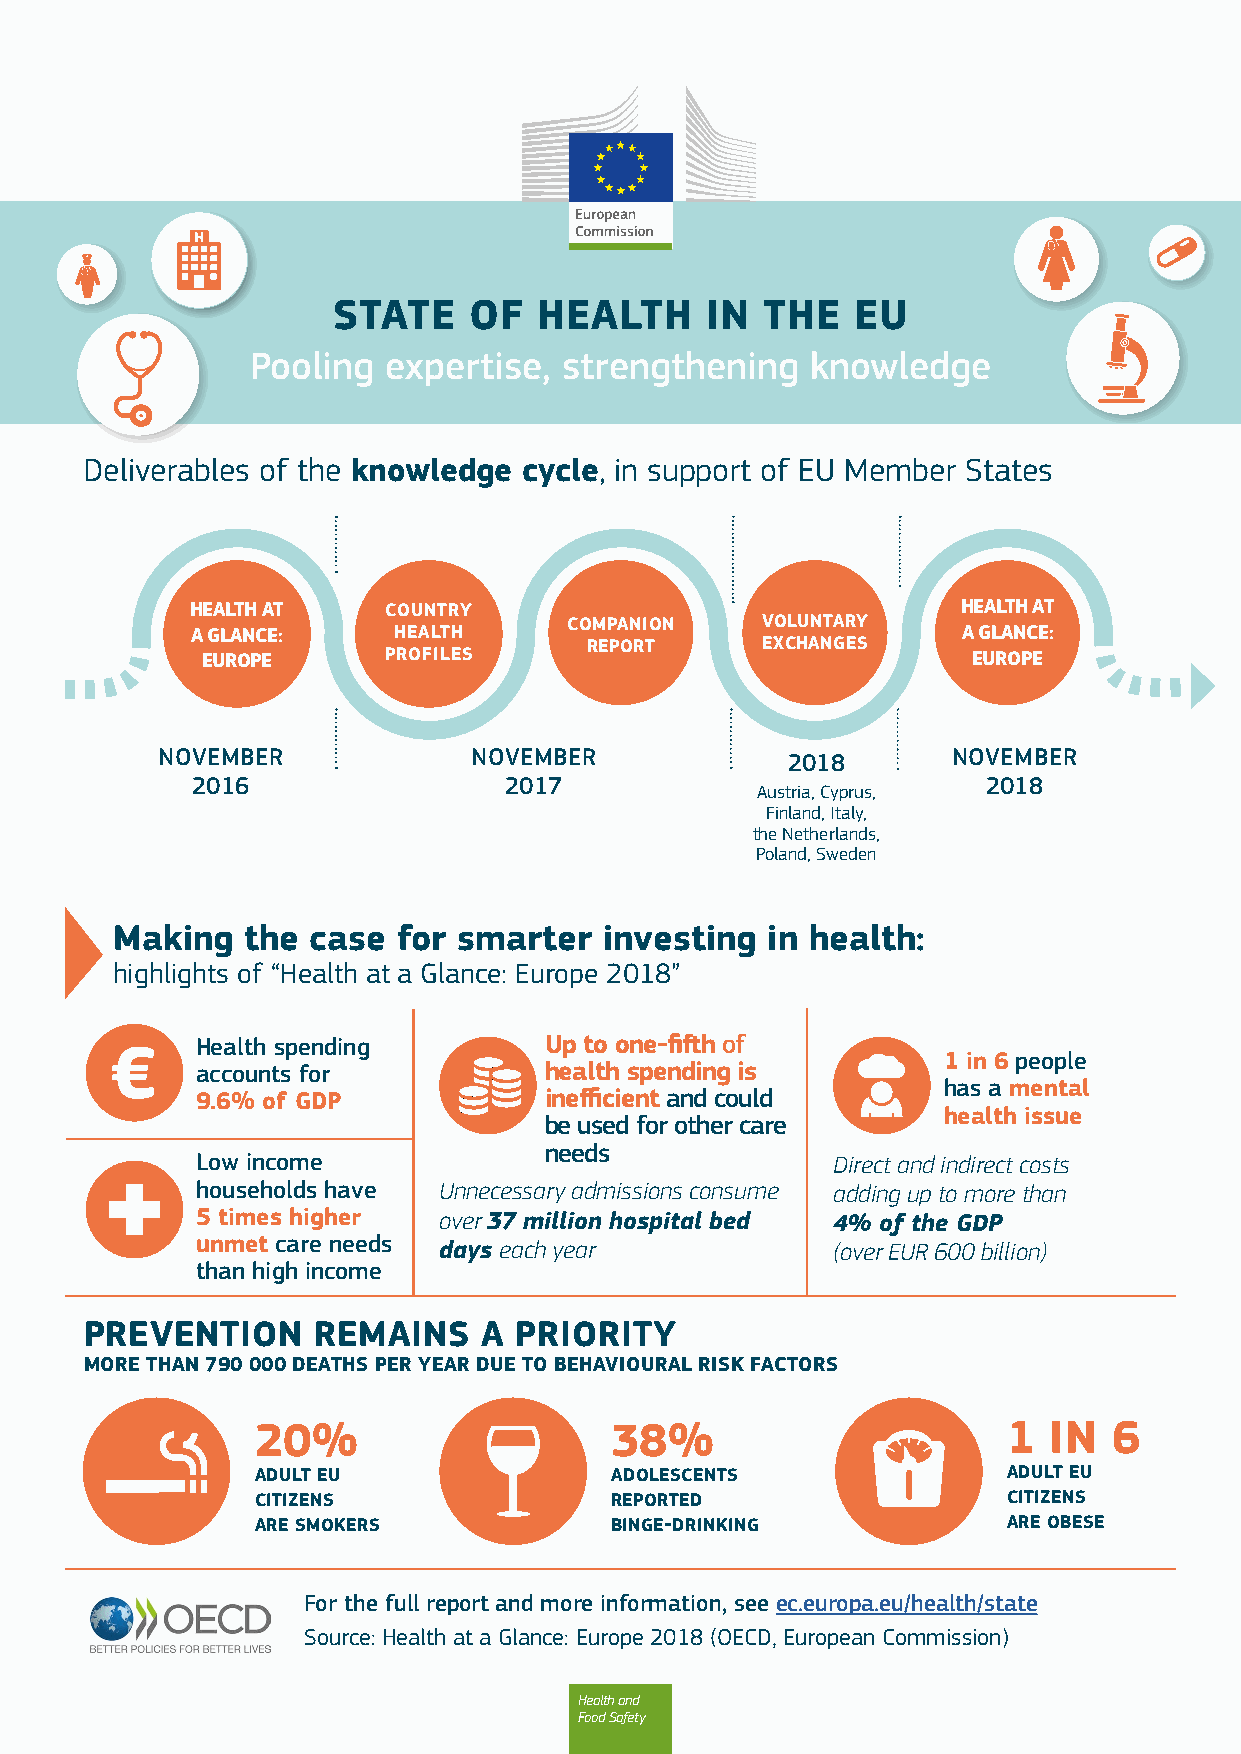
STATE    OF   HEALTH     IN THE    EU
 Pooling  expertise, strengthening    knowledge
 Deliverables of the knowledge cycle, in support of EU Member States
 HEALTH AT   COUNTRY                                HEALTH AT
 COMPANION   VOLUNTARY
 A GLANCE:    HEALTH                                A GLANCE:
 REPORT     EXCHANGES
 EUROPE      PROFILES                               EUROPE
 NOVEMBER             NOVEMBER             2018       NOVEMBER
 2016                2017                            2018
 Austria, Cyprus,
 Finland, Italy,
 the Netherlands,
 Poland, Sweden
 Making  the  case for smarter   investing  in health:
 highlights of “Health at a Glance: Europe 2018”
 Health spending        Up to one-fifth of
 1 in 6 people
 accounts for           health spending is
 has a mental
 9.6% of GDP            inefficient and could
 health issue
 be used for other care
 needs
 Low income                                Direct and indirect costs
 households have Unnecessary admissions consume adding up to more than
 5 times higher  over 37 million hospital bed 4% of the GDP
 unmet care needs days each year           (over EUR 600 billion)
 than high income
 PREVENTION     REMAINS    A PRIORITY
 MORE THAN 790 000 DEATHS PER YEAR DUE TO BEHAVIOURAL RISK FACTORS
 20%                    38%                        1 IN   6
 ADULT EU               ADOLESCENTS                ADULT EU
 CITIZENS               REPORTED                   CITIZENS
 ARE SMOKERS            BINGE-DRINKING             ARE OBESE
 For the full report and more information, see ec.europa.eu/health/state
 Source: Health at a Glance: Europe 2018 (OECD, European Commission)
 Health and
 Food Safety